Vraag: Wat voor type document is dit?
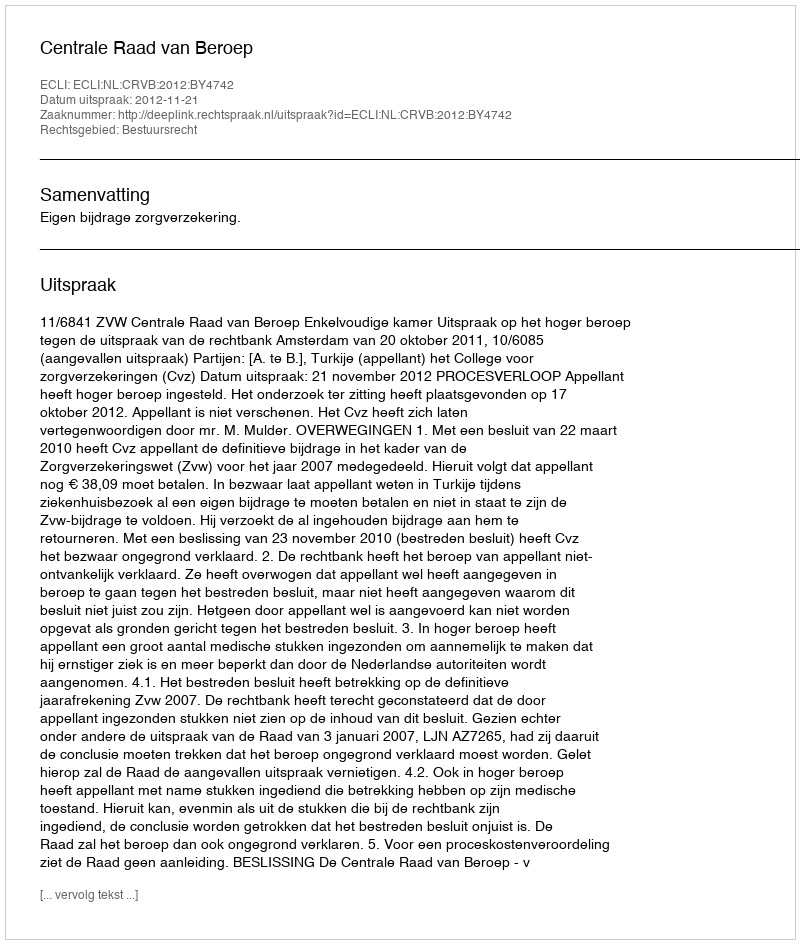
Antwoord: Uitspraak